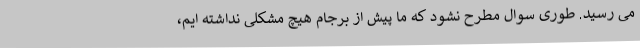
می رسید. طوری سوال مطرح نشود که ما پیش از برجام هیچ مشکلی نداشته ایم،